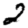
Digit: 2